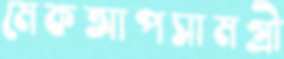
মেকআপসামগ্রী